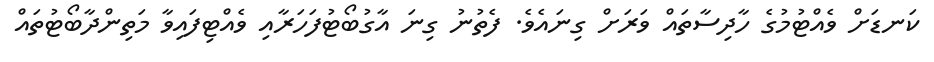
ކަނޑަށް ވެއްޓުމުގެ ހާދިސާތައް ވަރަށް ގިނައެވެ. ފެތުނު ގިނަ އާގުބޯޓުފަހަރާއި ވެއްޓިފައިވާ މަތިންދާބޯޓުތައް